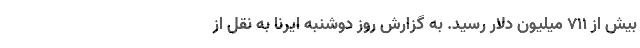
بیش از ۷۱۱ میلیون دلار رسید. به گزارش روز دوشنبه ایرنا به نقل از